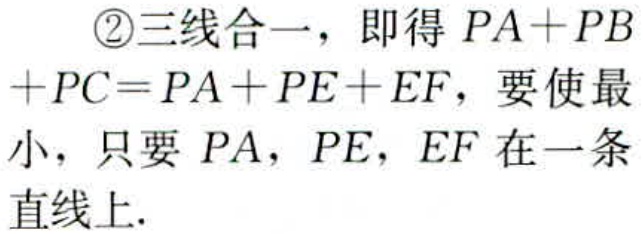
\textcircled{2}三线合一，即得 \(PA + PB+PC = PA + PE + EF\)，要使最小，只要 \(PA\)，\(PE\)，\(EF\) 在一条直线上.